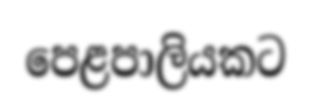
පෙළපාලියකට